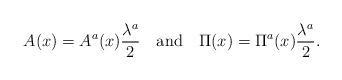
LaTeX: \begin{align*}A(x) = A^a(x) \frac{\lambda^a}{2} \quad \mbox{and} \quad\Pi(x) = \Pi^a(x) \frac{\lambda^a}{2} .\end{align*}